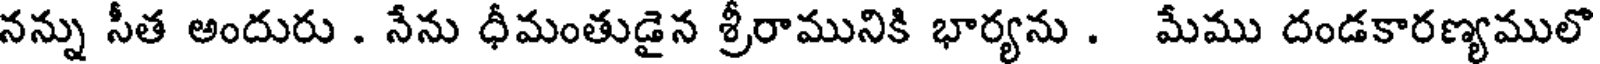
నన్ను సీత అందురు . నేను ధీమంతుడైన శ్రీరామునికి భార్యను . మేము దండకారణ్యములొ